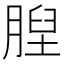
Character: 𦞆